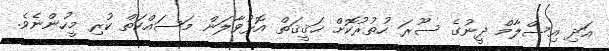
އަދި އިސްލާމް ދީނުގެ ސޫރަ ހުތުރުކޮށް ޙަޤީޤަތް އޮޅުވާލަން މަސައްކަތް ކުރި މީހުންނެވެ.